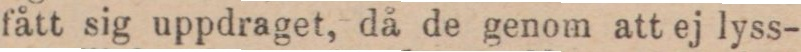
fått sig uppdraget, då de genom att ej lyss-